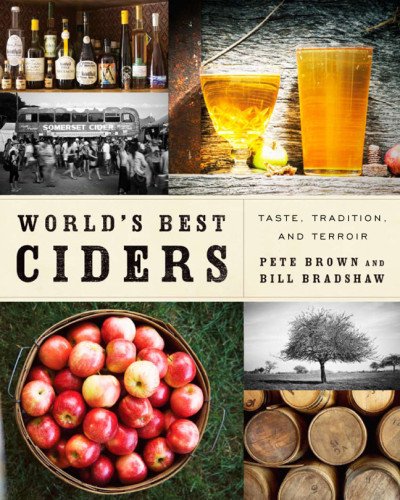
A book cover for World's Best Ciders: Taste, Tradition, and Terroir; Pete Brown; Cookbooks, Food & Wine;